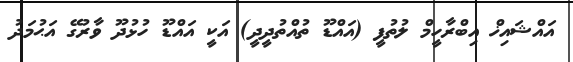
އައްޝައިޚް އިބްރާހީމް ލުތުފީ (އައްޑޫ ތުއްތުދީދީ) އަކީ އައްޑޫ ހުޅުދޫ ވާރުގޭ އަޙުމަދު